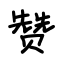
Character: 赞